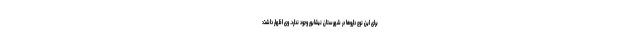
برای این نوع داروها در شهرستان نیشابور وجود ندارد. وی اظهار داشت: